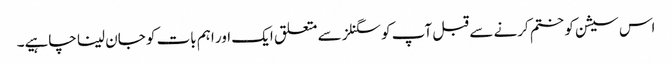
اس سیشن کو ختم کرنے سے قبل آپ کو سگنلز سے متعلق ایک اور اہم بات کو جان لینا چاہیے۔